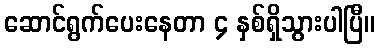
ဆောင်ရွက်ပေးနေတာ ၄ နှစ်ရှိသွားပါပြီ။